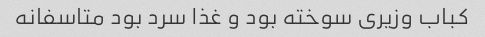
کباب وزیری سوخته بود و غذا سرد بود متاسفانه